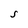
Character: S